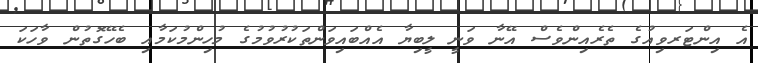
އެ އިންޓަރވިއުގެ ތެރެއިންވެސް އޭނާ ވަނީ ލީބިޔާ އެއްބައިވަންތަކުރުވުމުގެ މުހިންމުކަމާއި ބެހޭގޮތުން ވާހަކަ